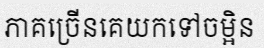
ភាគច្រើនគេយកទៅចម្អិន